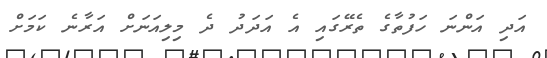
އަދި އަންނަ ހަފުތާގެ ތެރޭގައި އެ އަދަދު ދެ މިލިއަނަށް އަރާނެ ކަމަށް